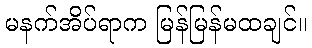
မနက်အိပ်ရာက မြန်မြန်မထချင်။